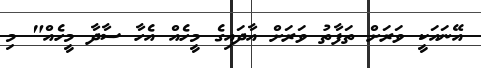
އޭނައަކީ ވަރަށް ތަފާތު ވަރަށް އާދައިގެ މީހެއް އެހާ ސާދާ މީހެއް" މި